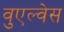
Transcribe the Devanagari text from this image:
वुएल्वेस